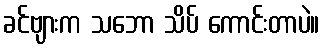
ခင်ဗျားက သဘော သိပ် ကောင်းတာပဲ။